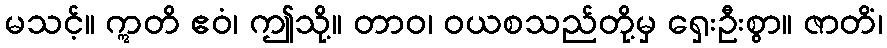
မသင့်။ ဣတိ ဧဝံ၊ ဤသို့။ တာဝ၊ ဝယစသည်တို့မှ ရှေးဦးစွာ။ ဇာတိံ၊